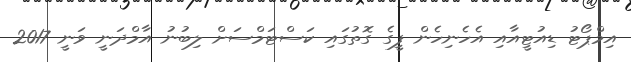
އިމްޕޯޓު ޑިއުޓީއާއި އެހެނިހެން ފީގެ ގޮތުގައި ކަސްޓަމްސަށް ލިބުނު އާމްދަނީ ވަނީ 2017